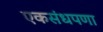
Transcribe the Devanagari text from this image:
एकसंधपणा